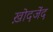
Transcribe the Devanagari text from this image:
ख़ोदजेंद